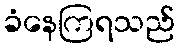
ခံနေကြရသည်